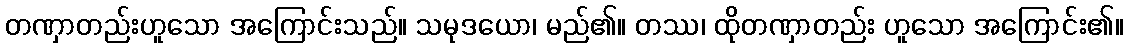
တဏှာတည်းဟူသော အကြောင်းသည်။ သမုဒယော၊ မည်၏။ တဿ၊ ထိုတဏှာတည်း ဟူသော အကြောင်း၏။